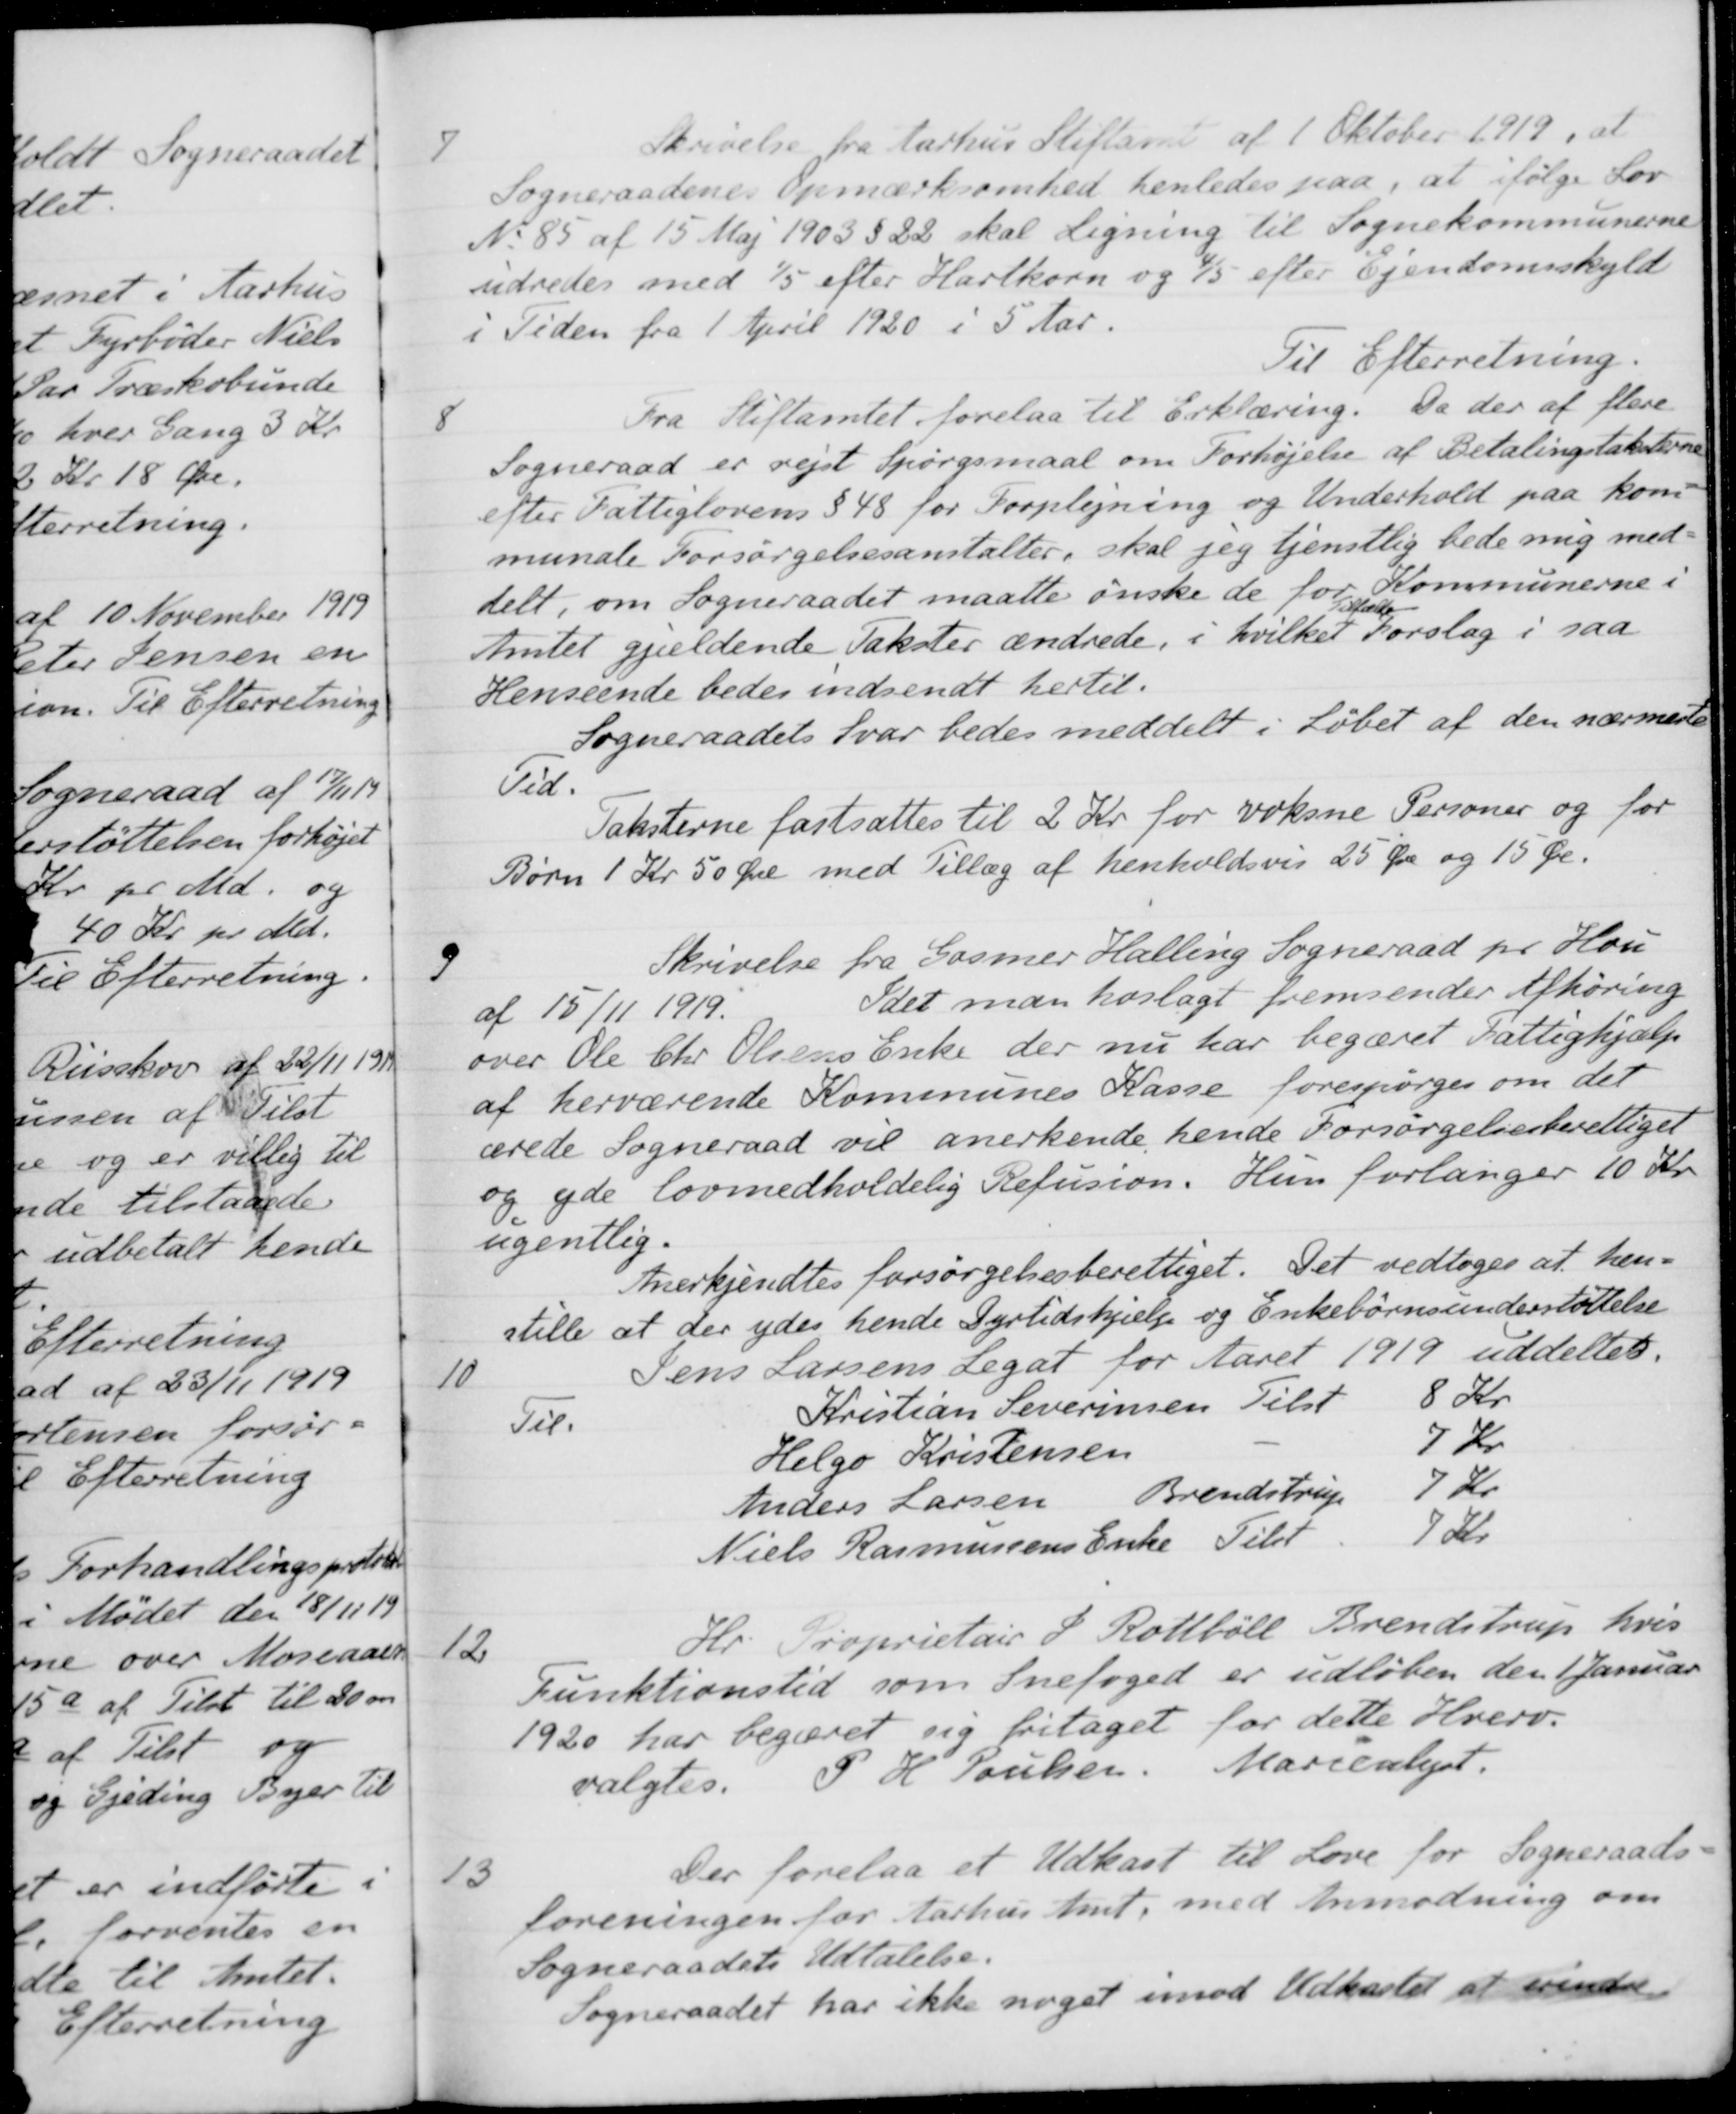
Transskription:
7
Skrivelse fra Aarhus Stiftamt af 1 Oktober 1919, at
Sogneraadenes Opmærksomhed henledes paa, at ifølge Lov
No 85 af 15 Maj 1903 § 22 skal Ligning til Sognekommunerne
udredes med 1/5 efter Hartkorn og 4/5 efter Ejendomsskyld
i Tiden fra 1 April 1920 i 5 Aar.
Til Efterretning.
8
Fra Stiftamtet forelaa til Erklæring. Da der af flere
Sogneraad er rejst Spørgsmaal om Forhøjelse af Betalingstaksterne
efter Fattiglovens § 48 for Forplejning og Underhold paa kom
munale Forsørgelsesanstalter, skal jeg tjenstlig bede mig med-
delt, om Sogneraadet maatte ønske de for Kommunerne i
Amtet gjældende Takster ændrede, i hvilket
Tilfælde
Forslag i saa
Henseende bedes indsendt hertil.
Sogneraadets Svar bedes meddelt i løbet af den nærmeste
Tid.
Taksterne fastsattes til 2 Kr for voksne Personer og for
Børn 1 Kr 50 Øre med Tillæg af henholdsvis 25 Øre og 15 Øre.
9
Skrivelse fra Gosmer Halling Sogneraad pr Hou
af 15/11 1919. Idet man hoslagt fremsender Afhøring
over Ole Chr Olsens Enke der nu har begæret Fattighjælp
af herværende Kommunes Kasse forespørges om det
ærede Sogneraad vil anerkende hende Forsørgelsesberettiget
og yde lovmedholdelig Refusion. Hun forlanger 10 Kr.
ugentlig.
Anerkjendtes forsørgelsesberettiget. Det vedtoges at hen-
stille at der ydes hende Dyrtidshjælp og Enkebørnsunderstøttelse
10
Jens Larsens Legat for Aaret 1919 uddeltes.
Til Kristian Severinsen
Tilst
8 Kr.
Helga Kristensen
7 Kr
Anders Larsen
Brendstrup
7 Kr.
Niels Rasmussens Enke
Tilst
7 Kr
12
Hr. Proprietær P. Rottbøll Brendstrup, hvis
Funktionstid som Snefoged er udløben den 1 Januar
1920 har begæret sig fritaget for dette Hverv.
valgtes. P. H. Poulsen. Marienlyst.
13
Der forelaa et Udkast til Love for Sogneraads-
foreningen for Aarhus Amt, med Anmodning om
Sogneraadets Udtalelse.
Sogneraadet har ikke noget imod Udkastet at erindre